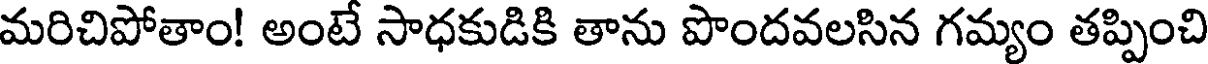
మరిచిపోతాం! అంటే సాధకుడికి తాను పొందవలసిన గమ్యం తప్పించి